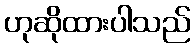
ဟုဆိုထားပါသည်